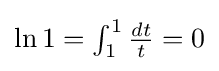
{\textstyle \ln 1=\int _{1}^{1}{\frac {dt}{t}}=0}